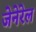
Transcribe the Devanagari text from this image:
जेनेरेल